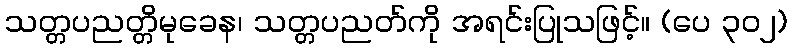
သတ္တပညတ္တိမုခေန၊ သတ္တပညတ်ကို အရင်းပြုသဖြင့်။ (ပေ ၃၀၂)